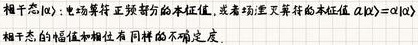
相干态 $|\alpha\rangle$：电场算符正频部分的本征值，或者湮灭算符的本征值 $a|\alpha\rangle=\alpha|\alpha\rangle$。

相干态的幅值和相位有同样的不确定度。